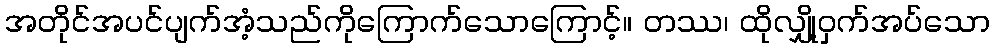
အတိုင်အပင်ပျက်အံ့သည်ကိုကြောက်သောကြောင့်။ တဿ၊ ထိုလျှို့ဝှက်အပ်သော